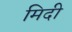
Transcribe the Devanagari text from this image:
मिदी